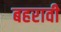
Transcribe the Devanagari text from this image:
बहरावी